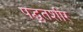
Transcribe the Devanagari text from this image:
पद्घतशीर